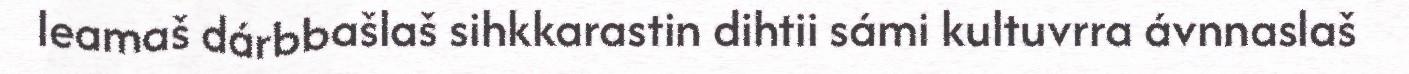
leamaš dárbbašlaš sihkkarastin dihtii sámi kultuvrra ávnnaslaš